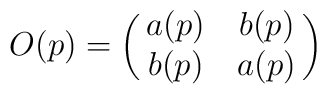
O(p)=\left(\matrix{a(p) & b(p) \cr                     b(p) & a(p) \cr}\right)